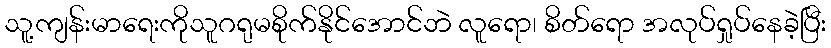
သူ့ကျန်းမာရေးကိုသူဂရုမစိုက်နိုင်အောင်ဘဲ လူရော၊ စိတ်ရော အလုပ်ရှုပ်နေခဲ့ပြီး